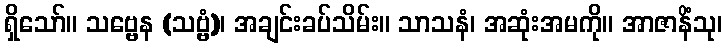
ရှိသော်။ သဗ္ဗေန (သဗ္ဗံ)၊ အချင်းခပ်သိမ်း။ သာသနံ၊ အဆုံးအမကို။ အာဇာနိံသု၊